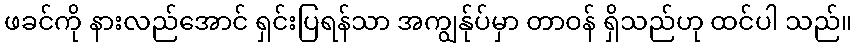
ဖခင်ကို နားလည်အောင် ရှင်းပြရန်သာ အကျွန်ုပ်မှာ တာဝန် ရှိသည်ဟု ထင်ပါ သည်။